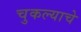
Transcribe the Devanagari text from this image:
चुकल्याचे